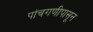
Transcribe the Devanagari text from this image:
पांचगणीपासून